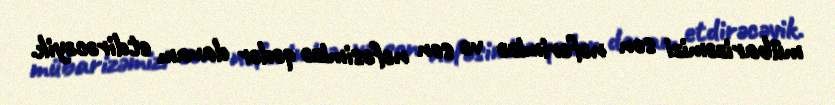
mübarizəmizi son nəfərimizə və son nəfəsimizə qədər davam etdirəcəyik.